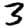
Digit: 3